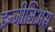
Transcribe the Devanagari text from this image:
इन्जीनिअस